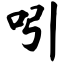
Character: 吲